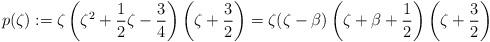
LaTeX: \begin{align*}p(\zeta) := \zeta \left(\zeta^2 + \frac 1 2 \zeta - \frac 3 4\right) \left(\zeta + \frac 3 2\right) = \zeta (\zeta - \beta) \left(\zeta + \beta + \frac 1 2\right) \left(\zeta + \frac 3 2\right)\end{align*}